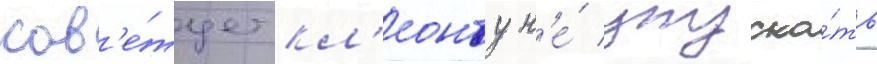
сов'е́тует кл'еонту н'е́ упуска́ть